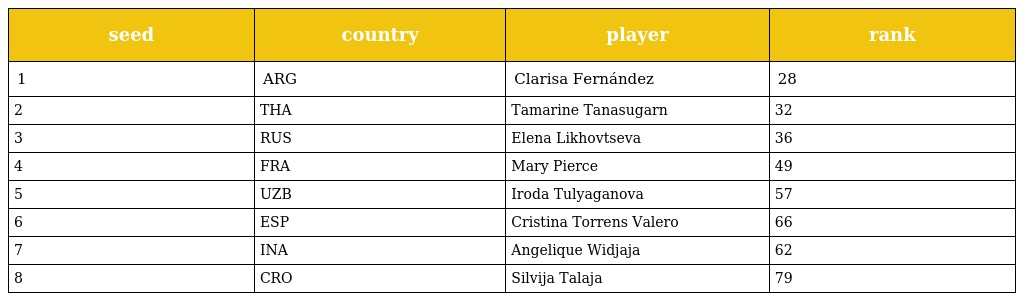
| seed | country | player | rank |
 | --- | --- | --- | --- |
 | 1 | ARG | Clarisa Fernández | 28 |
 | 2 | THA | Tamarine Tanasugarn | 32 |
 | 3 | RUS | Elena Likhovtseva | 36 |
 | 4 | FRA | Mary Pierce | 49 |
 | 5 | UZB | Iroda Tulyaganova | 57 |
 | 6 | ESP | Cristina Torrens Valero | 66 |
 | 7 | INA | Angelique Widjaja | 62 |
 | 8 | CRO | Silvija Talaja | 79 |